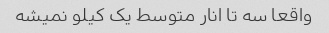
واقعا سه تا انار متوسط یک کیلو نمیشه